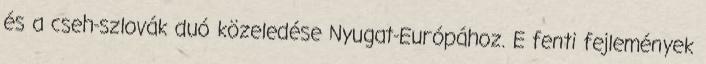
és a cseh-szlovák duó közeledése Nyugat-Európához. E fenti fejlemények